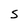
Character: s